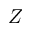
Z